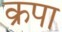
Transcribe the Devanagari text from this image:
क्रपा